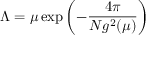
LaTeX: \Lambda = \mu \exp \left( - \frac { 4 \pi } { N g ^ { 2 } ( \mu ) } \right)